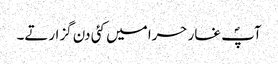
آپؐ غار حرا میں کئی دن گزارتے۔